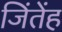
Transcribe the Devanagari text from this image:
जिंतेंह